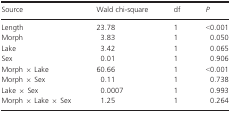
<table><thead><tr><td><b>Source</b></td><td><b>Wald chi-square</b></td><td><b>df</b></td><td><b><i>P</i></b></td></tr></thead><tbody><tr><td>Length</td><td>23.78</td><td>1</td><td>&lt;0.001</td></tr><tr><td>Morph</td><td>3.83</td><td>1</td><td>0.050</td></tr><tr><td>Lake</td><td>3.42</td><td>1</td><td>0.065</td></tr><tr><td>Sex</td><td>0.01</td><td>1</td><td>0.906</td></tr><tr><td>Morph × Lake</td><td>60.66</td><td>1</td><td>&lt;0.001</td></tr><tr><td>Morph × Sex</td><td>0.11</td><td>1</td><td>0.738</td></tr><tr><td>Lake × Sex</td><td>0.0007</td><td>1</td><td>0.993</td></tr><tr><td>Morph × Lake × Sex</td><td>1.25</td><td>1</td><td>0.264</td></tr></tbody></table>